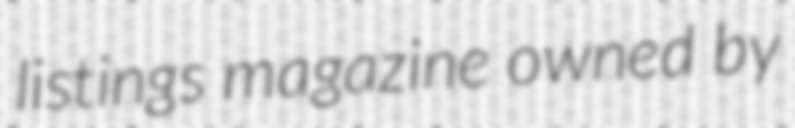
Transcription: listings magazine owned by